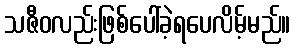
သဇီဝလည်းဖြစ်ပေါ်ခဲ့ရပေလိမ့်မည်။